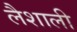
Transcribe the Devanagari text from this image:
लैशाली